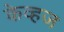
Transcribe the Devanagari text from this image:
केव्हज